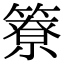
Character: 簝